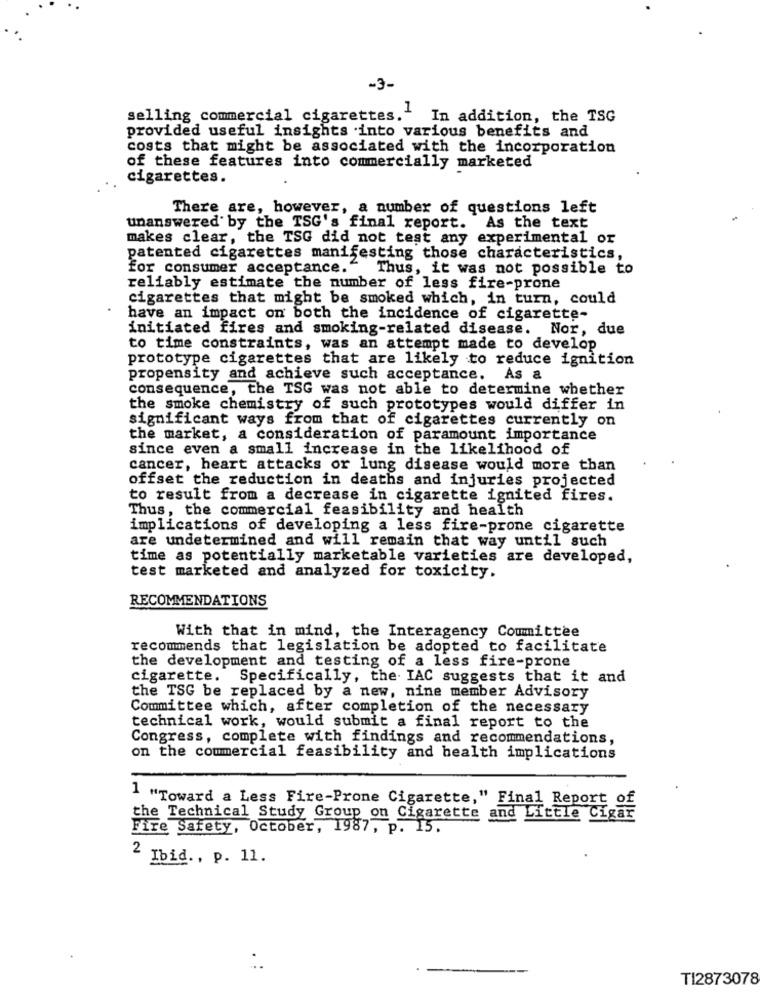
-3-
selling commercial cigarettes.1
In addition, the TSG
provided useful insights into various benefits and
costs that might be associated with the incorporation
of these features into commercially marketed
cigarettes.
There are, however, a number of questions left
unanswered by the TSG's final report. As the text
makes clear, the TSG did not test any experimental or
patented cigarettes manifesting those characteristics,
for consumer acceptance." Thus, it was not possible to
reliably estimate the number of less fire-prone
cigarettes that might be smoked which, in turn, could
have an impact on both the incidence of cigarette-
initiated fires and smoking-related disease. Nor, due
to time constraints, was an attempt made to develop
prototype cigarettes that are likely to reduce ignition
propensity and achieve such acceptance. As &
consequence, the TSG was not able to determine whether
the smoke chemistry of such prototypes would differ in
significant ways from that of cigarettes currently on
the market, a consideration of paramount importance
since even a small increase in the likelihood of
cancer, heart attacks or lung disease would more than
offset the reduction in deaths and injuries projected
to result from a decrease in cigarette ignited fires.
Thus, the commercial feasibility and health
implications of developing a less fire-prone cigarette
are undetermined and will remain that way until such
time as potentially marketable varieties are developed,
test marketed and analyzed for toxicity.
RECOMMENDATIONS
With that in mind, the Interagency Committee
recommends that legislation be adopted to facilitate
the development and testing of a less fire-prone
cigarette. Specifically, the IAC suggests that it and
the TSG be replaced by a new, nine member Advisory
Committee which, after completion of the necessary
technical work, would submit a final report to the
Congress, complete with findings and recommendations,
on the commercial feasibility and health implications
1 "Toward a Less Fire-Prone Cigarette," Final Report of
the Technical Study Group on Cigarette and Little Cigar
Fire Safety, October, 1987, p. 15.
2 Ibid ., p. 11.
-
TI2873078